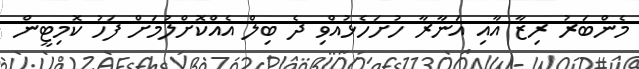
މެންބަރު ރިޒާ އާއި އަނާރާ ހުށަހެޅުއްވި ދެ ބިލް އެއްކޮށްލުމަށް ފަހު ކޮމިޓީން